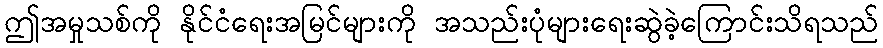
ဤအမှုသစ်ကို နိုင်ငံရေးအမြင်များကို အသည်းပုံများရေးဆွဲခဲ့ကြောင်းသိရသည်